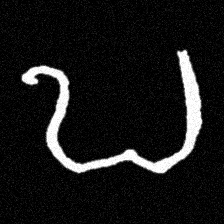
Pyu character \u2014 Myanmar letter: ဎ (romanized: ddha)